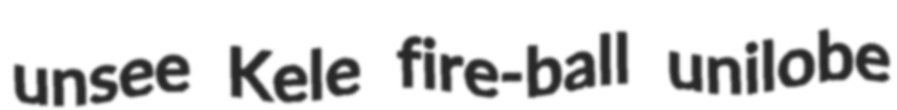
unsee Kele fire-ball unilobe